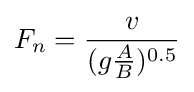
F_{n}={\frac {v}{(g{\frac {A}{B}})^{0.5}}}